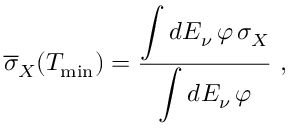
\overline { { \sigma } } _ { X } ( T _ { \mathrm { m i n } } ) = \frac { \displaystyle \int d E _ { \nu } \, \varphi \, \sigma _ { X } } { \displaystyle \int d E _ { \nu } \, \varphi } \ ,